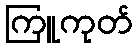
ကြူကုတ်